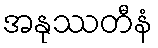
အနုဿတီနံ